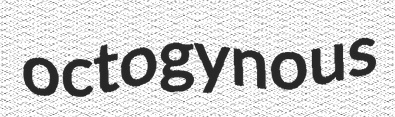
octogynous